Report on the administration of the Government Cinchona Department 1892-98
Year: 1892
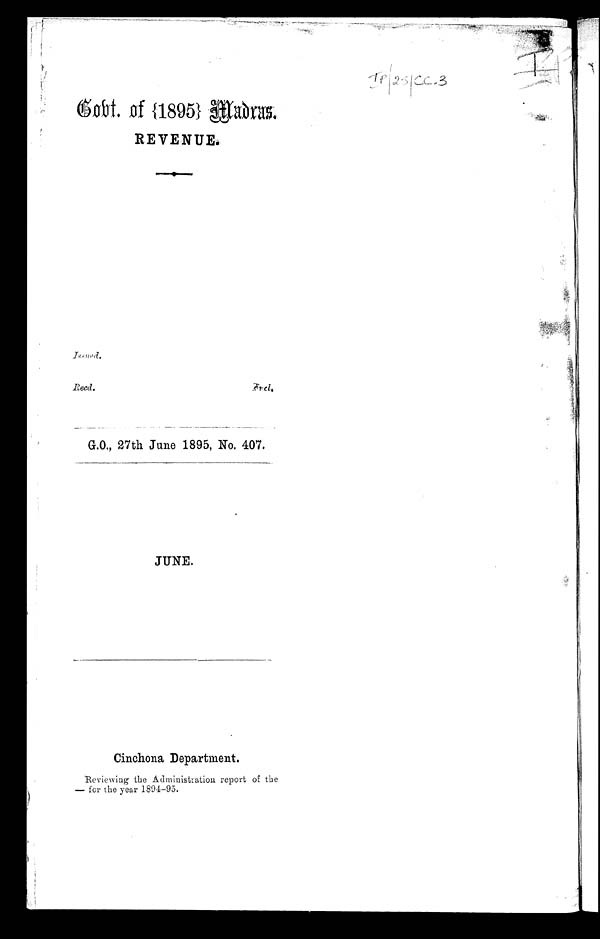
Gorvt. of {1895} Madras,
REVENUE.
Issued.
Recd. F r d .
G.O., 27th June 1895, No, 407 .
JUNE.
Cinchona Department.
Reviewing the Administration report of the
— for the year 1891-95.